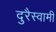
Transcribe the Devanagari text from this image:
दुरैस्वामी